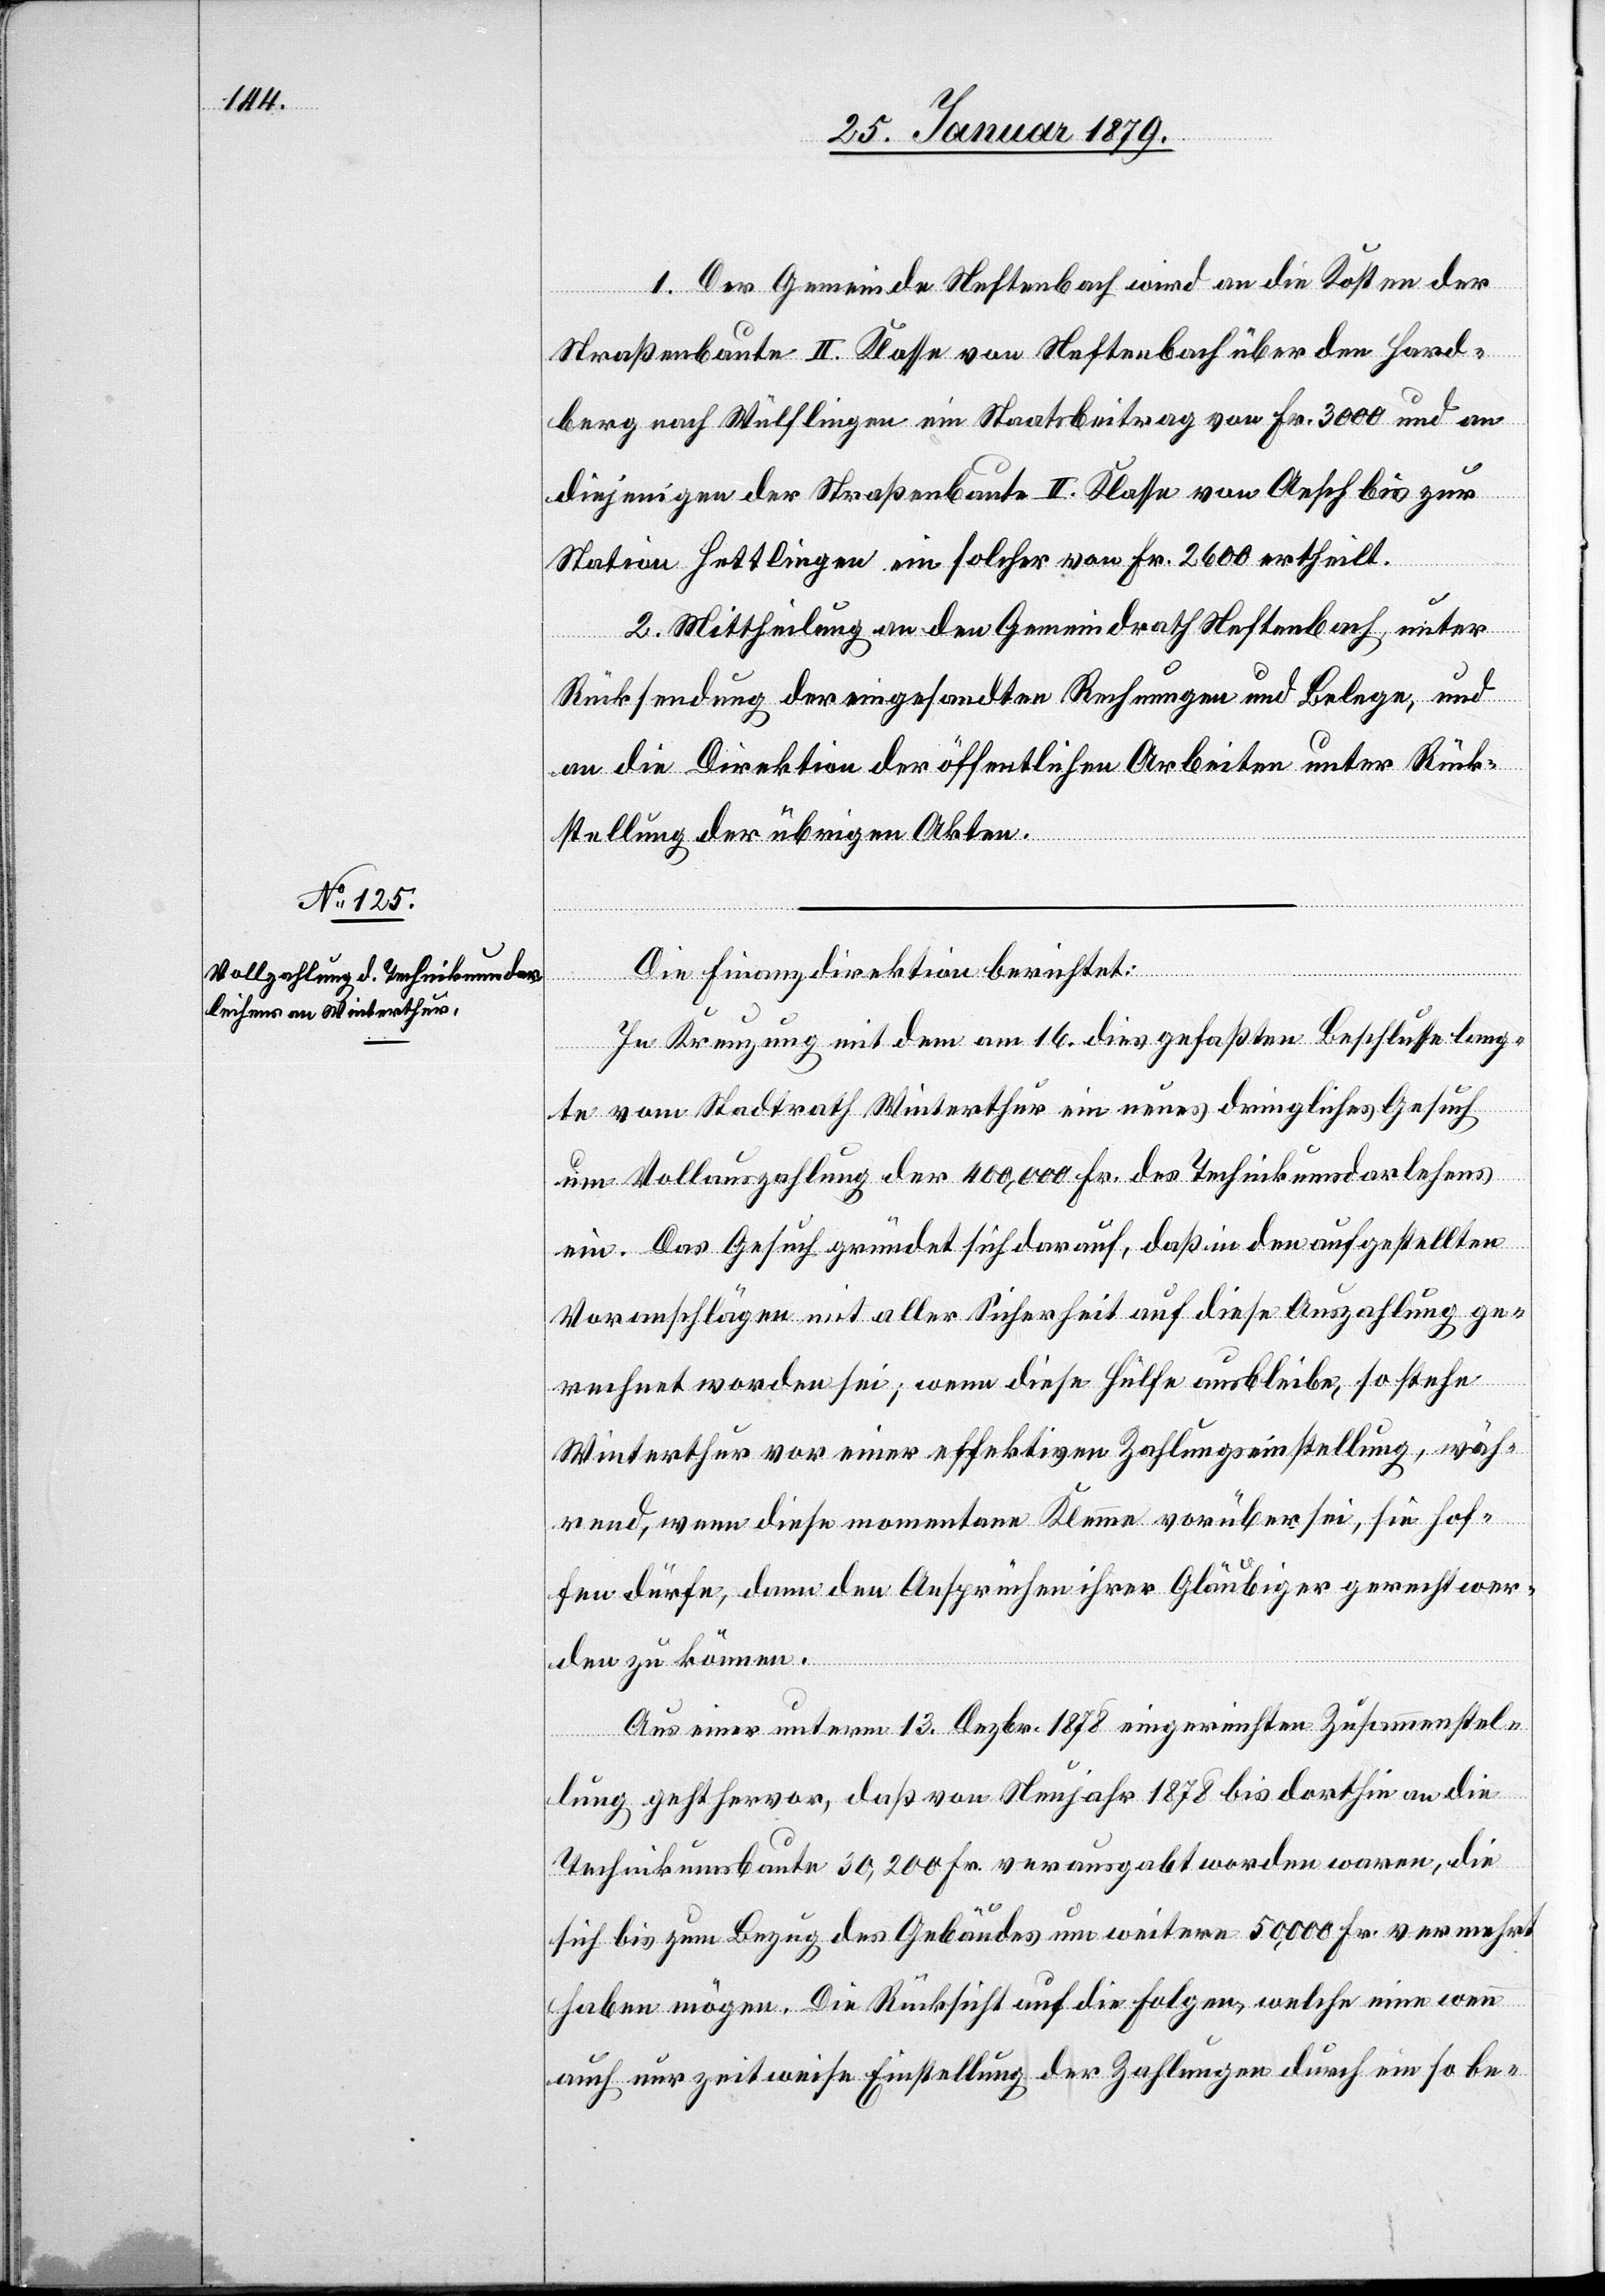
1. Der Gemeinde Neftenbach wird an die Kosten der
Straßenbaute II. Klasse von Neftenbach über den Hard¬
berg nach Wülflingen ein Staatsbeitrag von Fr. 3000 und an
diejenigen der Straßenbaute II. Klasse von Aesch bis zur
Station Hettlingen ein solcher von Fr. 2600 ertheilt.
2. Mittheilung an den Gemeindrath Neftenbach, unter
Rücksendung der eingesandten Rechnungen und Belege, und
an die Direktion der öffentlichen Arbeiten unter Rück¬
stellung der übrigen Akten.
Die Finanzdirektion berichtet:
In Kreuzung mit dem am 16. dies gefaßten Beschlusse lang¬
te vom Stadtrath Winterthur ein neues dringliches Gesuch
um Vollauszahlung der 400,000 Fr. des Technikumsdarlehens
ein. Das Gesuch gründet sich darauf, daß in den aufgestellten
Voranschlägen mit aller Sicherheit auf diese Auszahlung ge¬
rechnet worden sei; wenn diese Hülfe ausbleibe, so stehe
Winterthur vor einer effektiven Zahlungseinstellung, wäh¬
rend, wenn diese momentane Klemme vorüber sei, sie hof¬
fen dürfe, dann den Ansprüchen ihrer Gläubiger gerecht wer¬
den zu können.
Aus einer unterm 13. Dezbr. 1878 eingereichten Zusammenstel¬
lung geht hervor, daß von Neujahr 1878 bis dorthin an die
Technikumsbaute 30,200 Fr. verausgabt worden waren, die
sich bis zum Bezug des Gebäudes um weitere 50,000 Fr. vermehrt
haben mögen. Die Rücksicht auf die Folgen, welche eine wenn
auch nur zeitweise Einstellung der Zahlungen durch ein so be-